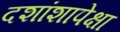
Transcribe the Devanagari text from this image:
दशांशापेक्षा